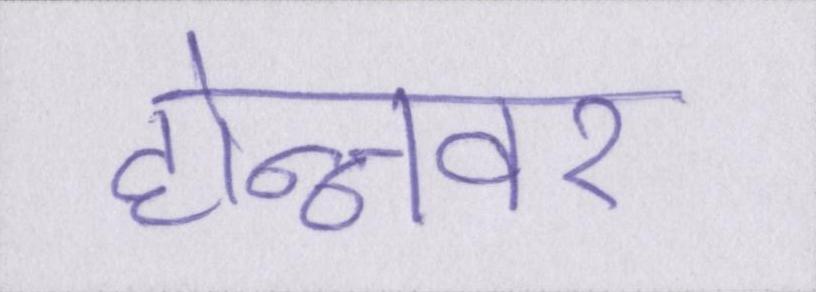
होन्नावर